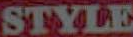
STYLE